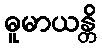
ဓူမာယန္တိ